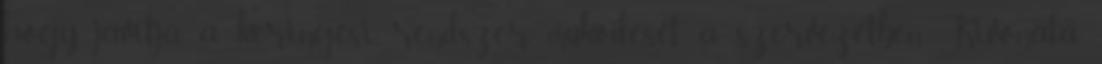
hogy javítja a keringési rendszer működését a szervezetben. Kivonata